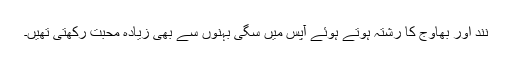
نند اور بھاوج کا رشتہ ہوتے ہوئے آپس میں سگی بہنوں سے بھی زیادہ محبت رکھتی تھیں۔